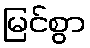
မြင်စွာ